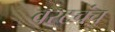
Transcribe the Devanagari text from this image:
वरटचंच